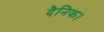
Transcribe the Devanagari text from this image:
दैनिक।